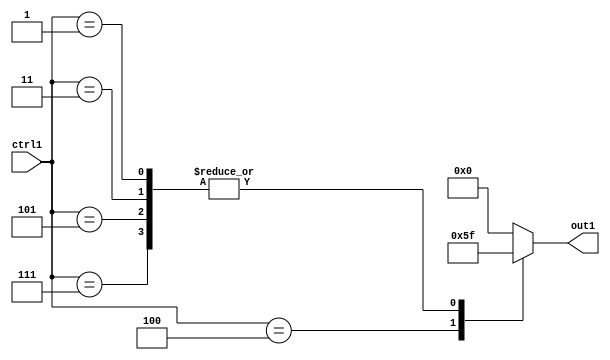
`timescale 1ps / 1ps
/*****************************************************************************
    Verilog RTL Description
    
    
    Created by: Stratus DpOpt 21.05.01 
*******************************************************************************/

module SobelFilter_N_Mux_4_6_111_1 (
	ctrl1,
	out1
	); /* architecture "behavioural" */ 
input [3:0] ctrl1;
output [3:0] out1;
wire [3:0] asc001;

reg [3:0] asc001_tmp_0;
assign asc001 = asc001_tmp_0;
always @ (ctrl1) begin
	case (ctrl1)
		4'B0111 : asc001_tmp_0 = 4'B1111 ;
		4'B0101 : asc001_tmp_0 = 4'B1111 ;
		4'B0100 : asc001_tmp_0 = 4'B0101 ;
		4'B0011 : asc001_tmp_0 = 4'B1111 ;
		4'B0001 : asc001_tmp_0 = 4'B1111 ;
		default : asc001_tmp_0 = 4'B0000 ;
	endcase
end

assign out1 = asc001;
endmodule

/* CADENCE  v7jyTws= : u9/ySxbfrwZIxEzHVQQV8Q== ** DO NOT EDIT THIS LINE ******/